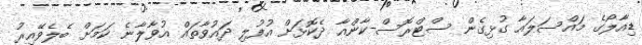
ޑިއާލޯގެ މައްސަލައާ ގުޅިގެން ސްޓްރޮސް-ކާންއާ ދެކޮޅަށް އުފުލި ދައުވާތައް އުވާލާނެ ކަމަށް ބެލެވޭއިރު